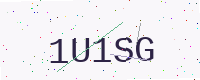
Text: 1U1SG